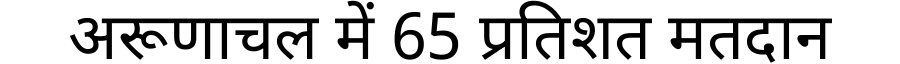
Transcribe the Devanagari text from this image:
अरूणाचल में 65 प्रतिशत मतदान